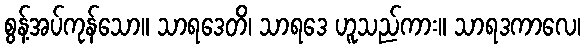
စွန့်အပ်ကုန်သော။ သာရဒေတိ၊ သာရဒေ ဟူသည်ကား။ သာရဒကာလေ၊